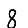
Digit: 8